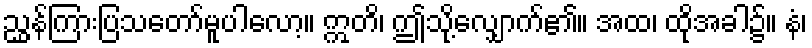
ညွှန်ကြားပြသတော်မူပါလော့။ ဣတိ၊ ဤသို့လျှောက်၏။ အထ၊ ထိုအခါ၌။ နံ၊